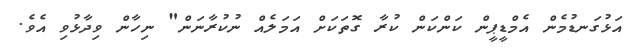
އަޅުގަނޑުމެން އެމްޑީޕީން ކަންކަން ކުރާ ގޮތަކަށް އަމަލެއް ނުކުރާނަން" ނިހާން ވިދާޅުވި އެވެ.